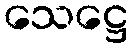
သေဋ္ဌေ